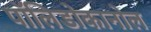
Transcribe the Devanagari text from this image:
पॉलिडोकानोल